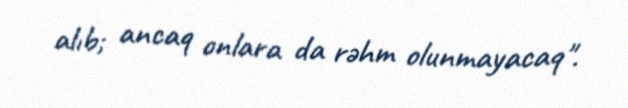
alıb; ancaq onlara da rəhm olunmayacaq".